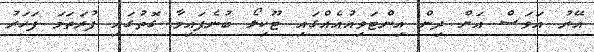
އޭރު އަވަސް އަށް ދިން އިންޓަވިއުއެއްގައި ޓޫކިލޯ ބުނެފައިވާ ގޮތުގައި ފުރަތަމަ ފަހަރު